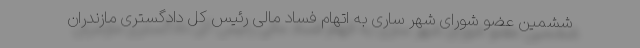
ششمین عضو شورای شهر ساری به اتهام فساد مالی رئیس کل دادگستری مازندران